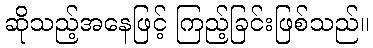
ဆိုသည့်အနေဖြင့် ကြည့်ခြင်းဖြစ်သည်။